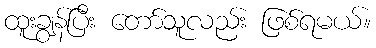
ထူးချွန်ပြီး တော်သူလည်း ဖြစ်ရမယ်။